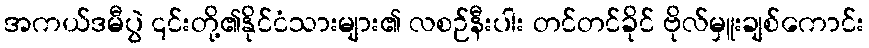
အကယ်ဒမီပွဲ ၎င်းတို့၏နိုင်ငံသားများ၏ လစဉ်နီးပါး တင်တင်ခိုင် ဗိုလ်မှူးချစ်ကောင်း